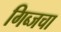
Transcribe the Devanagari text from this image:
गिब्जचा